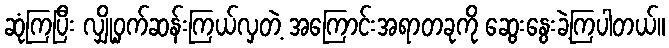
ဆုံကြပြီး လျှို့ဝှက်ဆန်းကြယ်လှတဲ့ အကြောင်းအရာတခုကို ဆွေးနွေးခဲ့ကြပါတယ်။